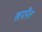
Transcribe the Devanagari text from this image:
खननित